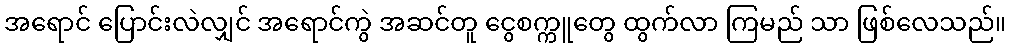
အရောင် ပြောင်းလဲလျှင် အရောင်ကွဲ အဆင်တူ ငွေစက္ကူတွေ ထွက်လာ ကြမည် သာ ဖြစ်လေသည်။